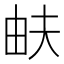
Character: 𤱁